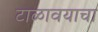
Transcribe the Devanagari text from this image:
टाळावयाचा